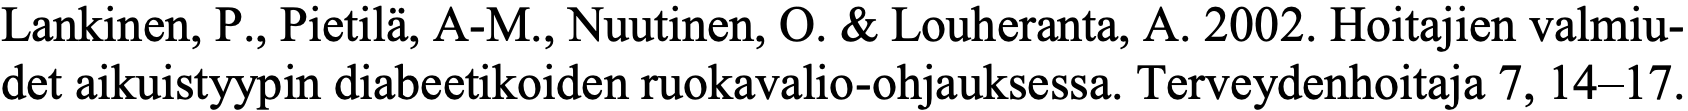
Lankinen, P., Pietilä, A-M., Nuutinen, O. & Louheranta, A. 2002. Hoitajien valmiu- det aikuistyypin diabeetikoiden ruokavalio-ohjauksessa. Terveydenhoitaja 7, 14–17.